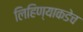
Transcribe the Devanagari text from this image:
लिहिण्याकडेच